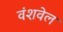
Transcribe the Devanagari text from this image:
वंशवेल